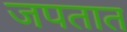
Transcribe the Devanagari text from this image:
जपतात